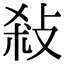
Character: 𢼢